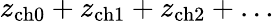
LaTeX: z_{\mathrm{ch}0}+z_{\mathrm{ch}1}+z_{\mathrm{ch}2}+\dots